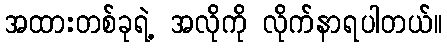
အထားတစ်ခုရဲ့ အလိုကို လိုက်နာရပါတယ်။